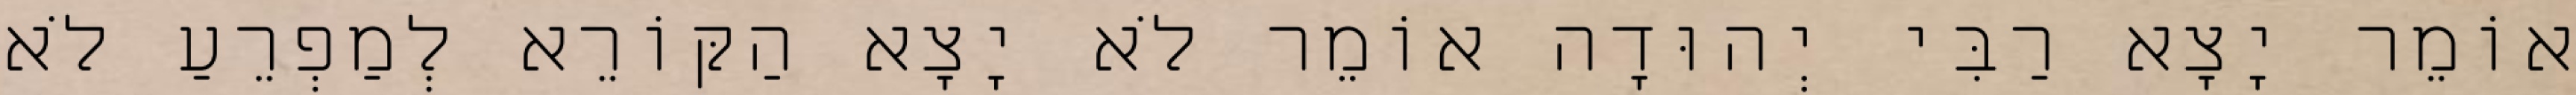
אוֹמֵר יָצָא רַבִּי יְהוּדָה אוֹמֵר לֹא יָצָא הַקּוֹרֵא לְמַפְרֵעַ לֹא